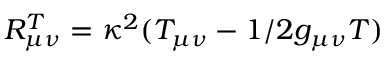
R _ { \mu \nu } ^ { T } = \kappa ^ { 2 } ( T _ { \mu \nu } - 1 / 2 g _ { \mu \nu } T )